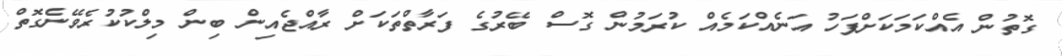
ގޮތުން އެއްކަމަކަށްފަހު އަނެއްކަމެއް ކުރަމުން ގޮސް ބޭރުގެ ފަރާތްތަކަށް ރާއްޖެއިން ބިން މިލްކުކުރެވޭނެގޮތް